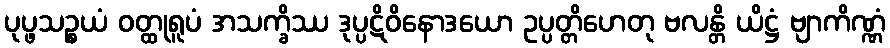
ပုပ္ဖသဉ္စယံ ဝတ္ထုရူပံ အသက္ခိဿ ဒုပ္ပဋိဝိနောဒယော ဥပ္ပတ္တိဟေတု ဗလန္တိ ယိဋ္ဌံ ဗျာကိဏ္ဏံ